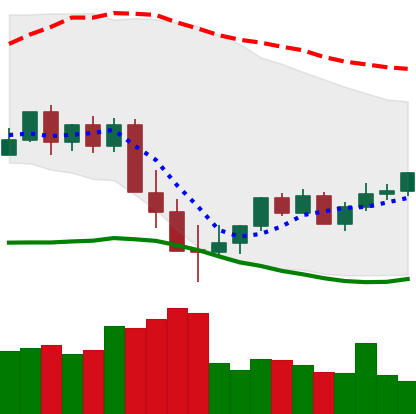
Ticker: XMR-USD
Chart end date: 2022-05-22
Forward return: -3.639%
Label: down_3_5